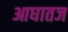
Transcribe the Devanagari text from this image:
आघातज